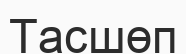
Тасшөп